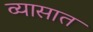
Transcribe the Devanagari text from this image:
व्यासात